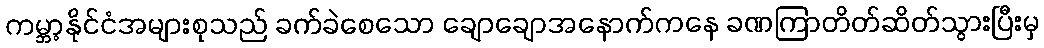
ကမ္ဘာ့နိုင်ငံအများစုသည် ခက်ခဲစေသော ချောချောအနောက်ကနေ ခဏကြာတိတ်ဆိတ်သွားပြီးမှ